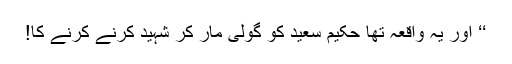
‘‘ اور یہ واقعہ تھا حکیم سعید کو گولی مار کر شہید کرنے کرنے کا!